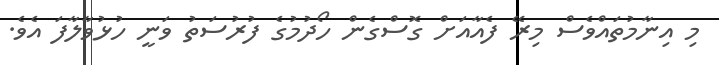
މި އިނާމުތައްވެސް މިރޭ ފެއާއަށް ގޮސްގެން ހޯދުމުގެ ފުރުސަތު ވަނީ ހުޅުވާލާފަ އެވެ.